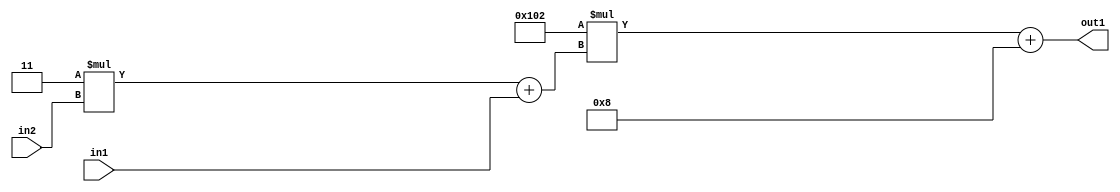
`timescale 1ps / 1ps
/*****************************************************************************
    Verilog RTL Description
    
    
    Created by: Stratus DpOpt 2019.1.01 
*******************************************************************************/

module DC_Filter_Add2i8Mul2i258Add2u1Mul2i3u2_4 (
	in2,
	in1,
	out1
	); /* architecture "behavioural" */ 
input [1:0] in2;
input  in1;
output [11:0] out1;
wire [11:0] asc001;
wire [3:0] asc002;

wire [3:0] asc002_tmp_0;
assign asc002_tmp_0 = 
	+(4'B0011 * in2);
assign asc002 = asc002_tmp_0
	+(in1);

wire [11:0] asc001_tmp_1;
assign asc001_tmp_1 = 
	+(12'B000100000010 * asc002);
assign asc001 = asc001_tmp_1
	+(12'B000000001000);

assign out1 = asc001;
endmodule

/* CADENCE  v7b0Qg8= : u9/ySgnWtBlWxVPRXgAZ4Og= ** DO NOT EDIT THIS LINE ******/